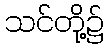
သင်တို့၌